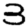
Digit: 3